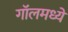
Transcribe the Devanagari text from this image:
गॉलमध्ये